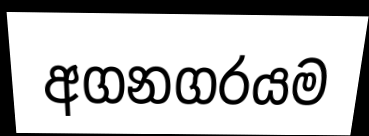
අගනගරයම